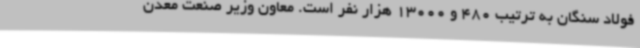
فولاد سنگان به ترتیب 480 و 13000 هزار نفر است. معاون وزیر صنعت معدن